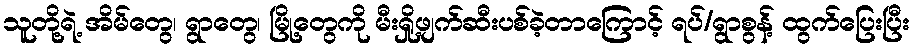
သူတို့ရဲ့ အိမ်တွေ၊ ရွာတွေ၊ မြို့တွေကို မီးရှို့ဖျက်ဆီးပစ်ခဲ့တာကြောင့် ရပ်/ရွာစွန့် ထွက်ပြေးပြီး